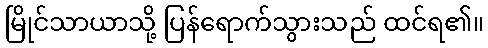
မြိုင်သာယာသို့ ပြန်ရောက်သွားသည် ထင်ရ၏။